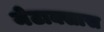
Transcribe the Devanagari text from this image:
मेटाक्सास